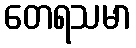
တေရသမာ